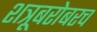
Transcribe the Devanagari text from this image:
शत्रूबरोबरच